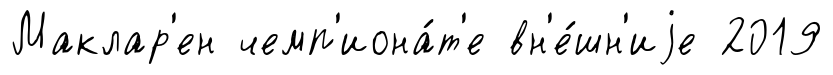
Маклар'ен чемп'иона́т'е вн'е́шн'иjе 2019